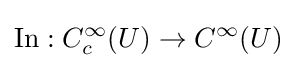
\operatorname {In} :C_{c}^{\infty }(U)\to C^{\infty }(U)